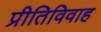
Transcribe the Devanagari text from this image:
प्रीतिविवाह